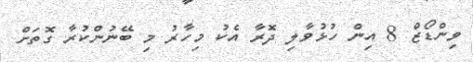
ވިންޑޯޒް 8 އިން ހުޅުވާލި ދޮރާ އެކު މިހާރު މި ބޭނުންކުރާ ގޮތަށް